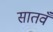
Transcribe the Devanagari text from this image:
सातवँ